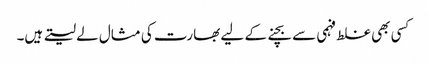
کسی بھی غلط فہمی سے بچنے کے لیے بھارت کی مثال لے لیتے ہیں۔